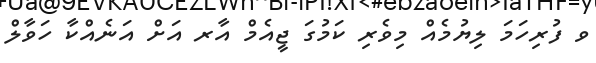
ވ ފުރިހަމަ ލިޔުމެއް މިވެރި ކަމުގަ ޖީއެމް އާރ އަށް އަނެއްކާ ހަވާލް